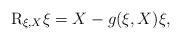
LaTeX: \begin{align*} {\rm R} _{\xi, X} \xi = X - g (\xi, X) \xi, \end{align*}